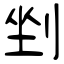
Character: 剉